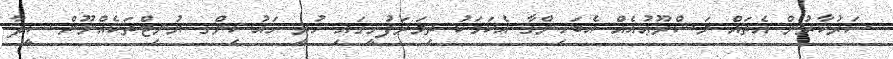
ސަރުކާރުން އެތައް މަޝްރޫޢުއެއް އެބަހިންގާ އެކަމަކު ތިމަރަފުށީގައި ހުރީ ހައުސިންގ ޔުނިޓްތަކެއްނޫން ސީދާ